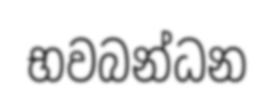
භවබන්ධන